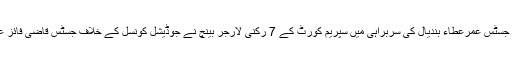
نجی ٹی وی کی رپورٹ کے مطابق جسٹس عمرعطاء بندیال کی سربراہی میں سپریم کورٹ کے 7 رکنی لارجر بینچ نے جوڈیشل کونسل کے خلاف جسٹس قاضی فائز عیسی کی درخواست کی سماعت کی۔